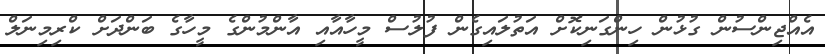
އެއްޖިންސުން ގުޅުން ހިންގަނިކޮށް އަތުލައިގެން ފުލުސް މީހާއާއި އާންމުންގެ މީހާގެ ބަންދަށް ކްރިމިނަލް